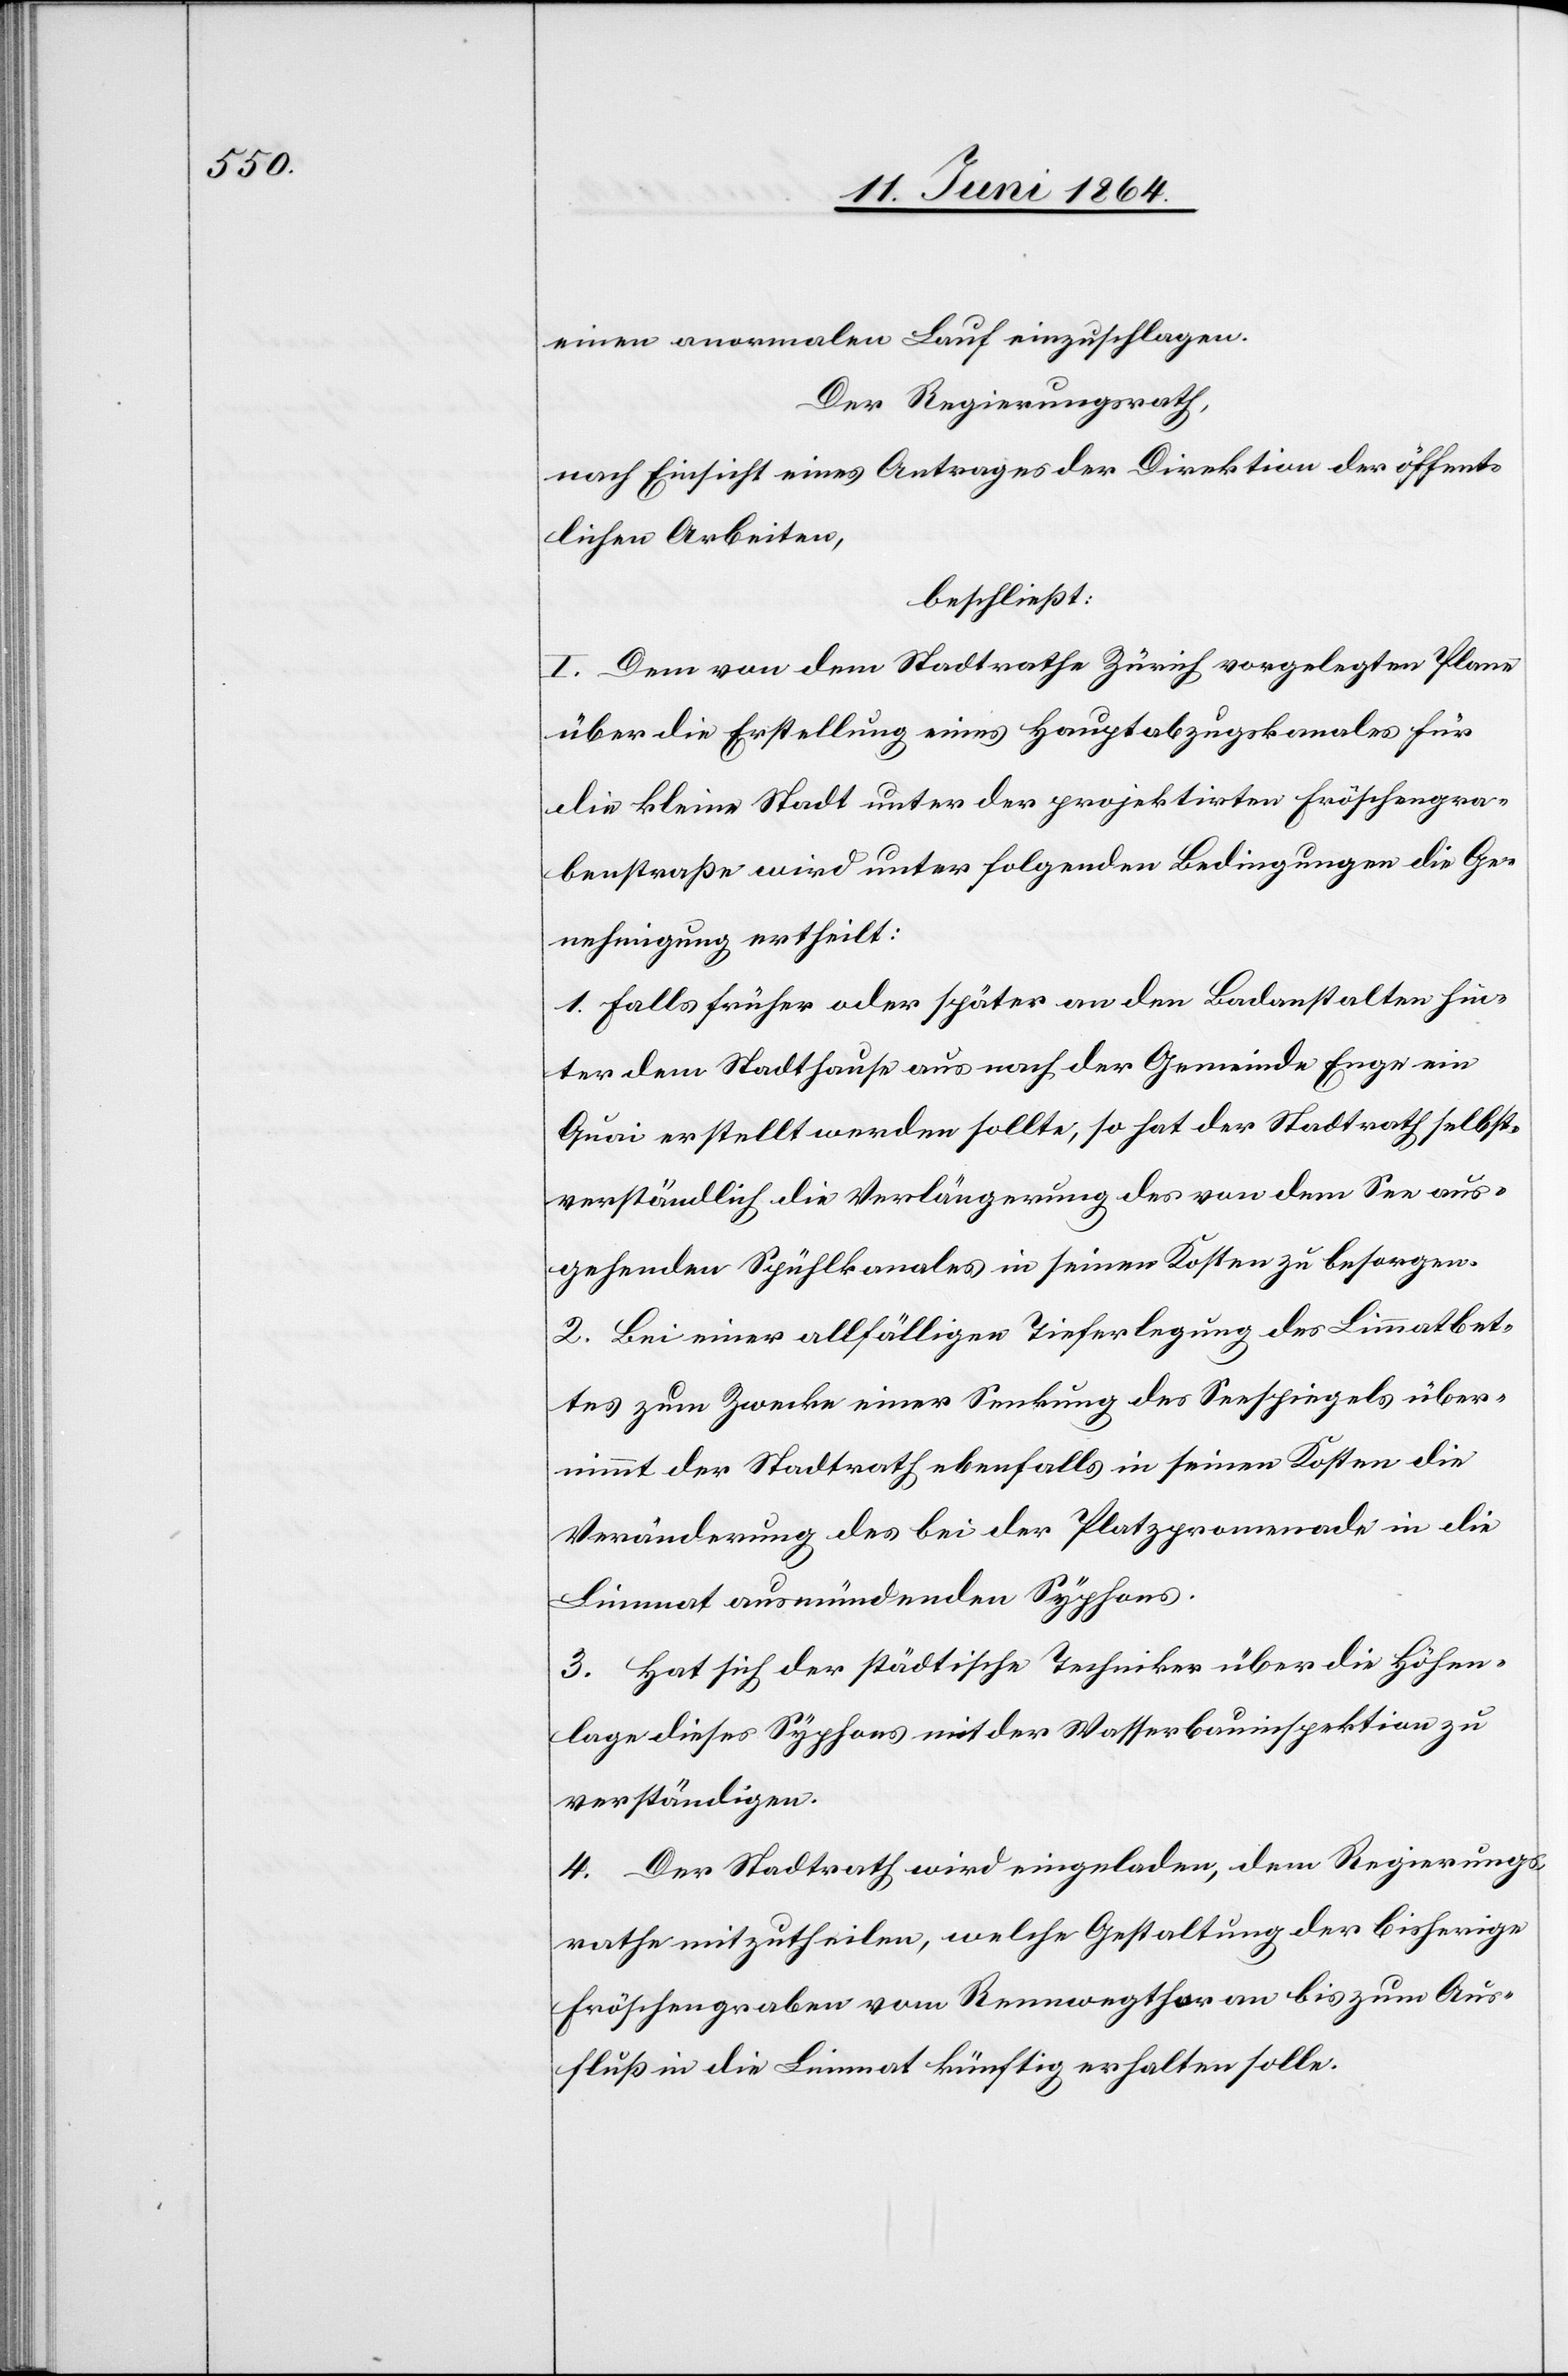
einen anormalen Lauf einzuschlagen.
Der Regierungsrath,
nach Einsicht eines Antrages der Direktion der öffent¬
lichen Arbeiten,
beschließt:
I. Dem von dem Stadtrathe Zürich vorgelegten Plane
über die Erstellung eines Hauptabzugskanales für
die kleine Stadt unter der projektirten Fröschengra¬
benstraße wird unter folgenden Bedingungen die Ge¬
nehmigung ertheilt:
1. Falls früher oder später an den Badanstalten hin¬
ter dem Stadthause aus nach der Gemeinde Enge ein
Quai erstellt werden sollte, so hat der Stadtrath selbst¬
verständlich die Verlängerung des von dem See aus¬
gehenden Spühlkanales in seinen Kosten zu besorgen.
2. Bei einer allfälligen Tieferlegung des Limmatbet¬
tes zum Zwecke einer Senkung des Seespiegels über¬
nimmt der Stadtrath ebenfalls in seinen Kosten die
Veränderung des bei der Platzpromenade in die
Limmat ausmündenden Syphons.
3. Hat sich der städtische Techniker über die Höhen¬
lage dieses Syphons mit der Wasserbauinspektion zu
verständigen.
4. Der Stadtrath wird eingeladen, dem Regierungs¬
rathe mitzutheilen, welche Gestaltung der bisherige
Fröschengraben vom Rennwegthor an bis zum Aus¬
fluß in die Limmat künftig erhalten solle.